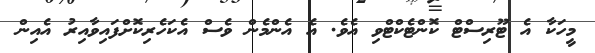
މީހަކާ އެ ޓޫރިސްޓް ކޮންޓެކްޓްވި އެވެ. އެ އެންމެން ވެސް އެކަހެރިކޮށްފައިވާއިރު އެއިން